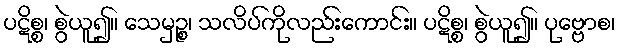
ပဋိစ္စ၊ စွဲယူ၍။ သေမှဉ္စ၊ သလိပ်ကိုလည်းကောင်း။ ပဋိစ္စ၊ စွဲယူ၍။ ပုဗ္ဗောစ၊